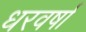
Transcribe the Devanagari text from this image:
धरवर्षा